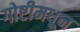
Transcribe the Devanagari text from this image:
गोष्टीमधून